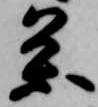
条